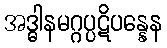
အဒ္ဓါနမဂ္ဂပ္ပဋိပန္နေန